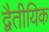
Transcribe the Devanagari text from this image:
द्वैतीयिक